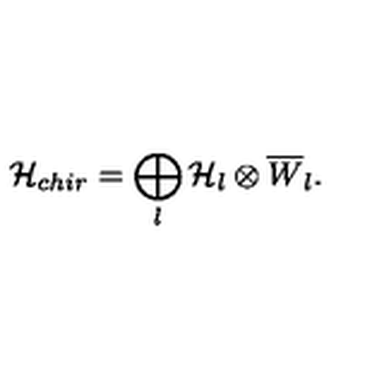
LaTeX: { \cal H } _ { c h i r } = \bigoplus _ { l } { \cal H } _ { l } \otimes \overline { { W } } _ { l } .